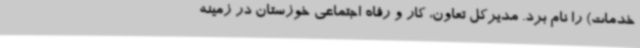
خدمات) را نام برد. مدیرکل تعاون، کار و رفاه اجتماعی خوزستان در زمینه